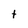
Character: t